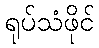
ရုပ်သံဖိုင်